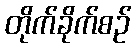
တိုက်ခိုက်စဉ်